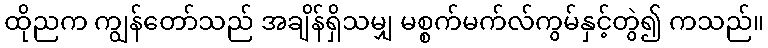
ထိုညက ကျွန်တော်သည် အချိန်ရှိသမျှ မစ္စက်မက်လ်ကွမ်နှင့်တွဲ၍ ကသည်။